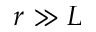
r \gg L